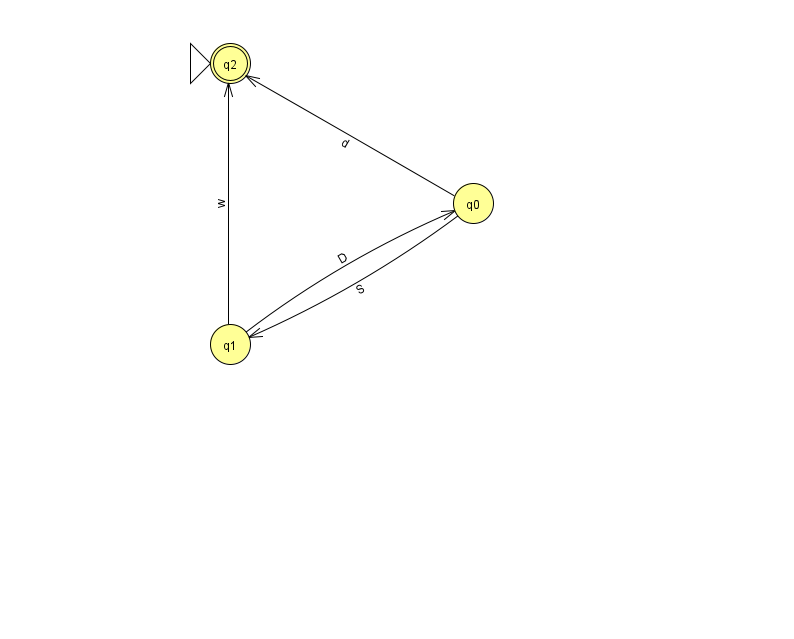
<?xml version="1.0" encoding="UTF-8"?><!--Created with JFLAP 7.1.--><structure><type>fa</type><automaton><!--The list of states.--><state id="0" name="q0"><x>473.0</x><y>190.0</y></state><state id="1" name="q1"><x>230.0</x><y>331.0</y></state><state id="2" name="q2"><x>230.0</x><y>50.0</y><initial/><final/></state><!--The list of transitions.--><transition><from>0</from><to>1</to><read>S</read></transition><transition><from>1</from><to>0</to><read>D</read></transition><transition><from>1</from><to>2</to><read>w</read></transition><transition><from>0</from><to>2</to><read>d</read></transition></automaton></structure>